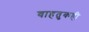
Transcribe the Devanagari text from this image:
वाहतुकही